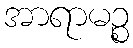
အာရာမဉ္စ